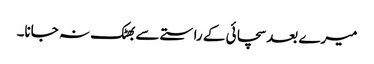
میرے بعد سچائی کے راستے سے بھٹک نہ جانا۔